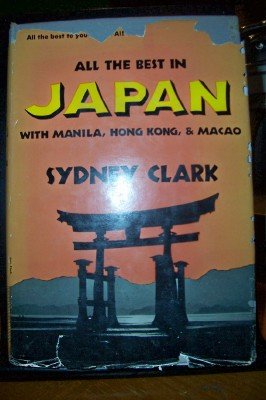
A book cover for All the best in Japan, with Manila, Hong Kong, and Macao (A Sydney Clark travel book); Sydney Clark; Travel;